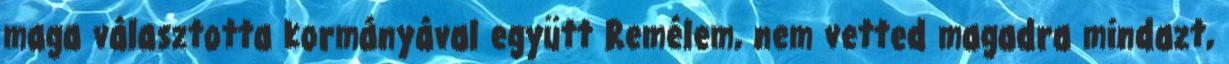
maga választotta kormányával együtt Remélem, nem vetted magadra mindazt,